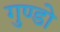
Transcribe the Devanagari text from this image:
गुण्डो